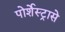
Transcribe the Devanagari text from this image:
पोर्शेस्ट्रासे